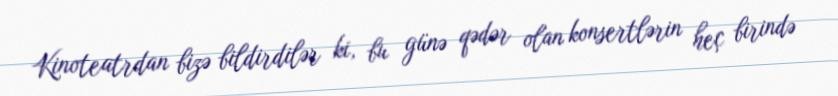
Kinoteatrdan bizə bildirdilər ki, bu günə qədər olan konsertlərin heç birində